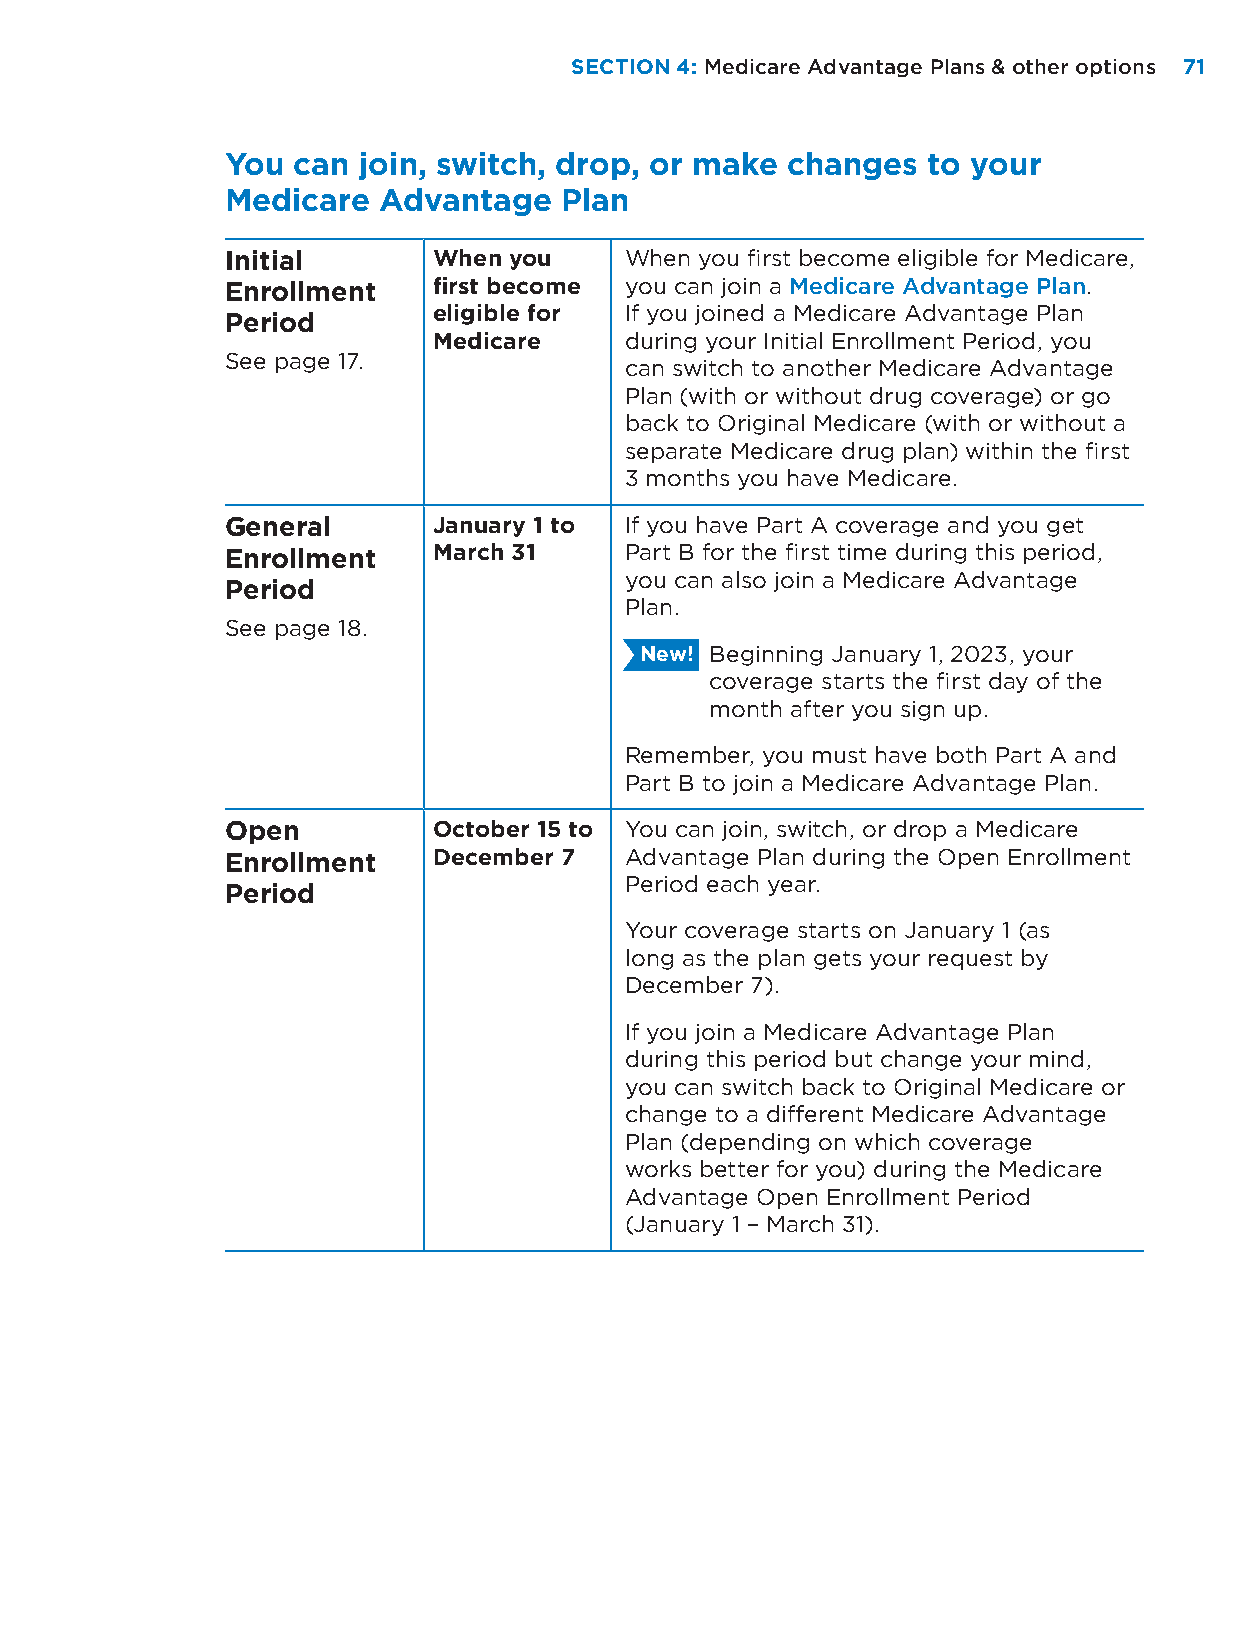
SECTION 4: Medicare Advantage Plans & other options 71
 You can  join, switch, drop, or make changes  to your
 Medicare  Advantage   Plan
 Initial       When you    When you first become eligible for Medicare,
 Enrollment    first become you can join a Medicare Advantage Plan.
 eligible for If you joined a Medicare Advantage Plan
 Period
 Medicare    during your Initial Enrollment Period, you
 See page 17.
 can switch to another Medicare Advantage
 Plan (with or without drug coverage) or go
 back to Original Medicare (with or without a
 separate Medicare drug plan) within the first
 3 months you have Medicare.
 General       January 1 to If you have Part A coverage and you get
 Enrollment    March 31    Part B for the first time during this period,
 you can also join a Medicare Advantage
 Period
 Plan.
 See page 18.
 New! Beginning January 1, 2023, your
 coverage starts the first day of the
 month after you sign up.
 Remember, you must have both Part A and
 Part B to join a Medicare Advantage Plan.
 Open          October 15 to You can join, switch, or drop a Medicare
 Enrollment    December 7  Advantage Plan during the Open Enrollment
 Period each year.
 Period
 Your coverage starts on January 1 (as
 long as the plan gets your request by
 December 7).
 If you join a Medicare Advantage Plan
 during this period but change your mind,
 you can switch back to Original Medicare or
 change to a different Medicare Advantage
 Plan (depending on which coverage
 works better for you) during the Medicare
 Advantage Open Enrollment Period
 (January 1 – March 31).